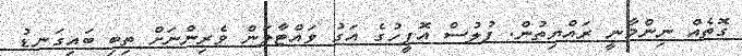
ގޮތެއް ނިންމާނީ ރައްޔިތުން. ފުލުސް އޮފީހުގެ އަގު ވައްޓާލަން ވެރިންނަށް ތިބި ބައިގަނޑު